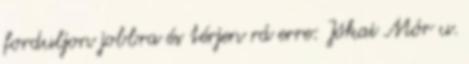
forduljon jobbra és térjen rá erre: Jókai Mór u.